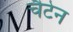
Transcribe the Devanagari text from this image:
चैटेन